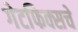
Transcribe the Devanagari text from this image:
गेटफिक्सचे